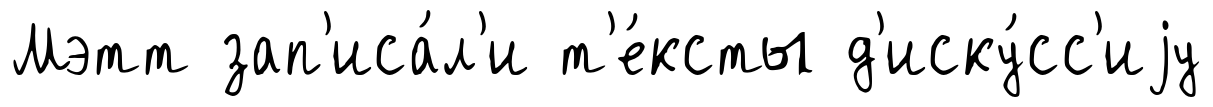
Мэтт зап'иса́л'и т'е́ксты д'иску́сс'иjу